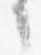
々